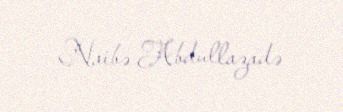
Naibə Abdullazadə